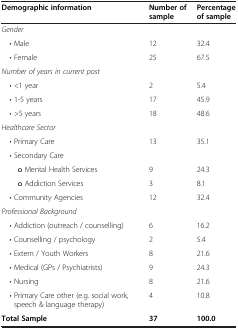
<table><thead><tr><td><b>Demographic information</b></td><td><b>Number of sample</b></td><td><b>Percentage of sample</b></td></tr></thead><tbody><tr><td><i>Gender</i></td><td> </td><td> </td></tr><tr><td> • Male</td><td>12</td><td>32.4</td></tr><tr><td> • Female</td><td>25</td><td>67.5</td></tr><tr><td><i>Number of years in current post</i></td><td> </td><td> </td></tr><tr><td> • &lt;1 year</td><td>2</td><td>5.4</td></tr><tr><td> • 1-5 years</td><td>17</td><td>45.9</td></tr><tr><td> • &gt;5 years</td><td>18</td><td>48.6</td></tr><tr><td><i>Healthcare Sector</i></td><td> </td><td> </td></tr><tr><td> • Primary Care</td><td>13</td><td>35.1</td></tr><tr><td> • Secondary Care</td><td> </td><td> </td></tr><tr><td>o Mental Health Services</td><td>9</td><td>24.3</td></tr><tr><td>o Addiction Services</td><td>3</td><td>8.1</td></tr><tr><td> • Community Agencies</td><td>12</td><td>32.4</td></tr><tr><td><i>Professional Background</i></td><td> </td><td> </td></tr><tr><td> • Addiction (outreach / counselling)</td><td>6</td><td>16.2</td></tr><tr><td> • Counselling / psychology</td><td>2</td><td>5.4</td></tr><tr><td> • Extern / Youth Workers</td><td>8</td><td>21.6</td></tr><tr><td> • Medical (GPs / Psychiatrists)</td><td>9</td><td>24.3</td></tr><tr><td> • Nursing</td><td>8</td><td>21.6</td></tr><tr><td> • Primary Care other (e.g. social work, speech &amp; language therapy)</td><td>4</td><td>10.8</td></tr><tr><td><b>Total Sample</b></td><td><b>37</b></td><td><b>100.0</b></td></tr></tbody></table>